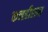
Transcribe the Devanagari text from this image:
कनडीशन